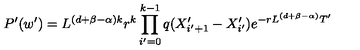
P ^ { \prime } ( w ^ { \prime } ) = L ^ { ( d + \beta - \alpha ) k } r ^ { k } \prod _ { i ^ { \prime } = 0 } ^ { k - 1 } q ( X _ { i ^ { \prime } + 1 } ^ { \prime } - X _ { i ^ { \prime } } ^ { \prime } ) e ^ { - r L ^ { ( d + \beta - \alpha ) } T ^ { \prime } }